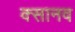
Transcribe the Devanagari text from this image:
क्सानव